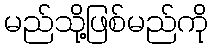
မည်သို့ဖြစ်မည်ကို